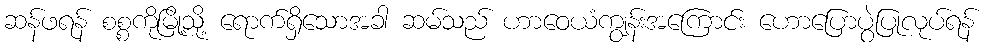
ဆန်ဖရန် စစ္စကိုမြို့သို့ ရောက်ရှိသောအခါ ဆမ်သည် ဟာဝေယံကျွန်းအကြောင်း ဟောပြောပွဲပြုလုပ်ရန်